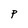
Character: P